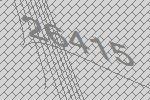
26415